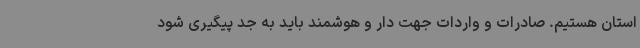
استان هستیم. صادرات و واردات جهت دار و هوشمند باید به جد پیگیری شود